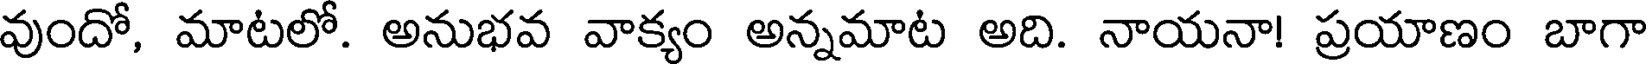
వుందో, మాటలో. అనుభవ వాక్యం అన్నమాట అది. నాయనా! ప్రయాణం బాగా